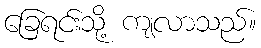
ခြေရင်းသို့ ကျလာသည်။